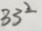
3 3 ^ { 2 }